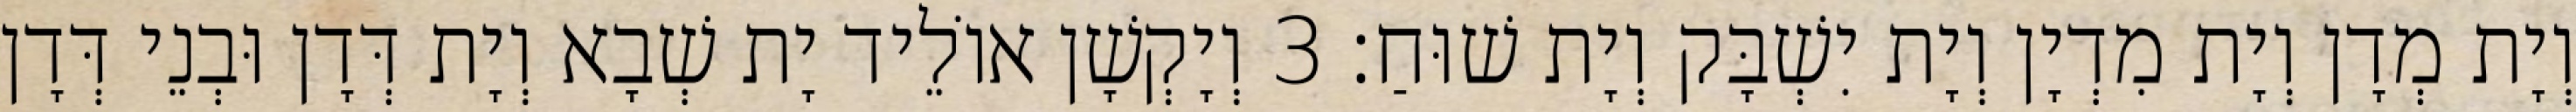
וְיָת מְדָן וְיָת מִדְיָן וְיָת יִשְׁבָּק וְיָת שׁוּחַ׃ 3 וְיָקְשָׁן אוֹלֵיד יָת שְׁבָא וְיָת דְּדָן וּבְנֵי דְּדָן